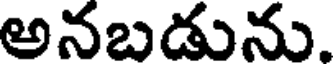
అనబడును.